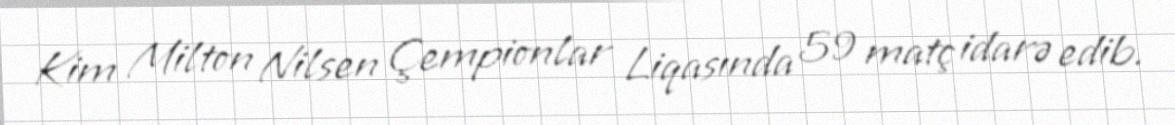
Kim Milton Nilsen Çempionlar Liqasında 59 matç idarə edib.